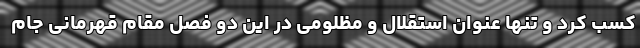
کسب کرد و تنها عنوان استقلال و مظلومی در این دو فصل مقام قهرمانی جام